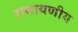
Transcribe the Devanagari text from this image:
रामायणीय